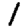
Digit: 1